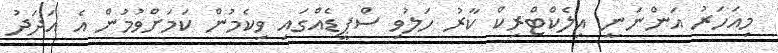
މިއަހަރު އަންނަނީ އިލެކްޓްރިކް ކާރު ހަލުވި ސްޕީޑެއްގައި ވިކެމުން ކަމަށްވުމުން އެ އަދަދު